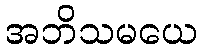
အဘိသမယေ